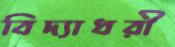
বিদ্যাধরী